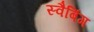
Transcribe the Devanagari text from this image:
स्वैबिंग